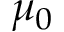
\mu _ { 0 }